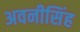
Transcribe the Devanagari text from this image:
अवनीसिंह